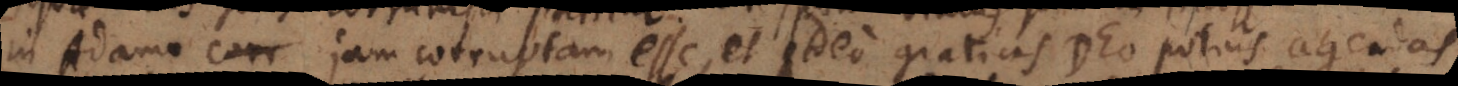
in Adamo corr jam corruptam esse, et ideo gratias Deo potius agendas